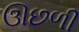
ઊછળી